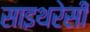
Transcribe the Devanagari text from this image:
साइथरेसी